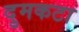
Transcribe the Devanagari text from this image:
दुमकटा